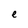
Character: e